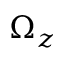
\Omega _ { z }